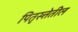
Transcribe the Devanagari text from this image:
पितृस्त्तेतील